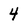
Character: 4